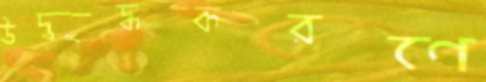
উদ্বুদ্ধকরণে